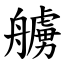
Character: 艣